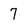
Character: 7